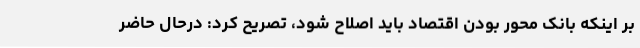
بر اینکه بانک محور بودن اقتصاد باید اصلاح شود، تصریح کرد: درحال حاضر